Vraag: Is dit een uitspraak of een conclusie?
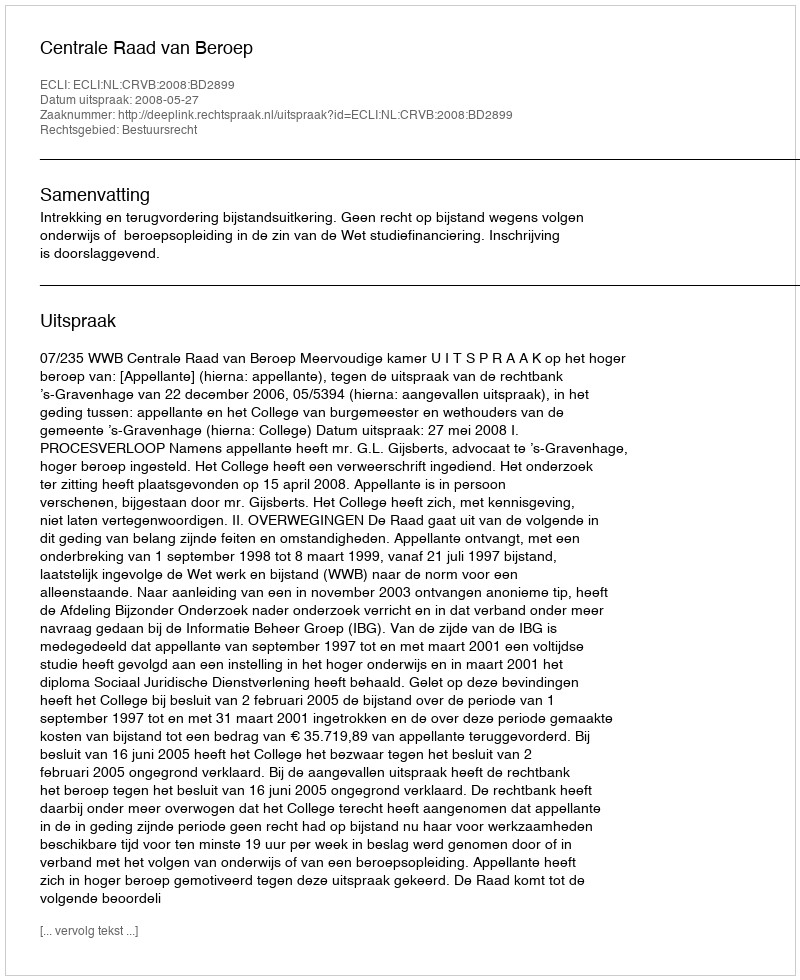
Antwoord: Uitspraak